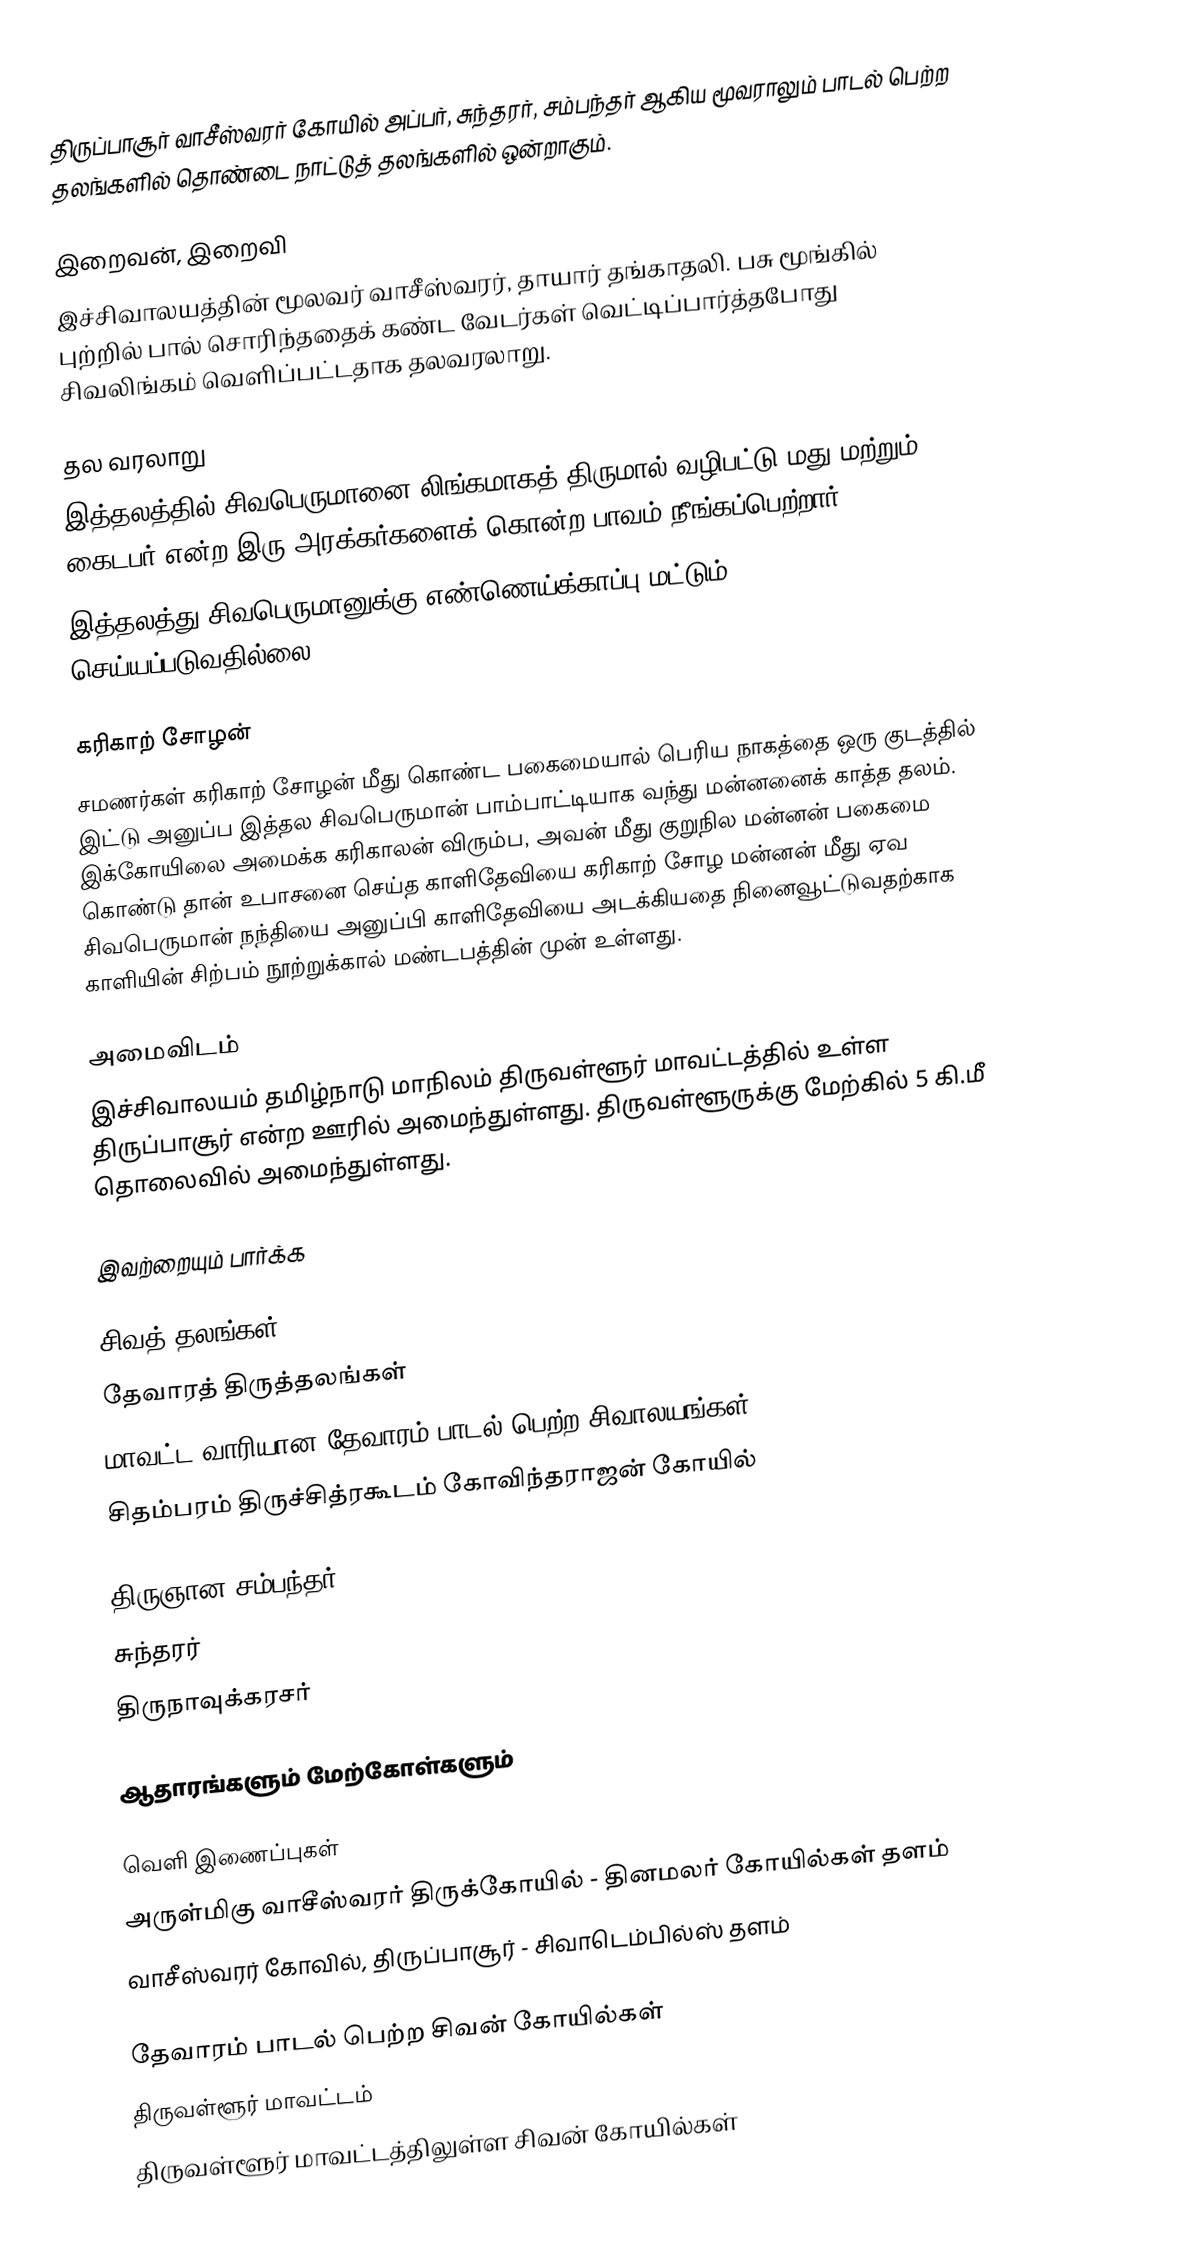
திருப்பாசூர் வாசீஸ்வரர் கோயில் அப்பர், சுந்தரர், சம்பந்தர் ஆகிய மூவராலும் பாடல் பெற்ற தலங்களில் தொண்டை நாட்டுத் தலங்களில் ஒன்றாகும்.

இறைவன், இறைவி
இச்சிவாலயத்தின் மூலவர் வாசீஸ்வரர், தாயார் தங்காதலி. பசு மூங்கில் புற்றில் பால் சொரிந்ததைக் கண்ட வேடர்கள் வெட்டிப்பார்த்தபோது சிவலிங்கம் வெளிப்பட்டதாக தலவரலாறு.

தல வரலாறு
இத்தலத்தில் சிவபெருமானை லிங்கமாகத் திருமால் வழிபட்டு மது மற்றும் கைடபர் என்ற இரு அரக்கர்களைக் கொன்ற பாவம் நீங்கப்பெற்றார்.
இத்தலத்து சிவபெருமானுக்கு எண்ணெய்க்காப்பு மட்டும் செய்யப்படுவதில்லை

கரிகாற் சோழன்
சமணர்கள் கரிகாற் சோழன் மீது கொண்ட பகைமையால் பெரிய நாகத்தை ஒரு குடத்தில் இட்டு அனுப்ப இத்தல சிவபெருமான் பாம்பாட்டியாக வந்து மன்னனைக் காத்த தலம். இக்கோயிலை அமைக்க கரிகாலன் விரும்ப, அவன் மீது குறுநில மன்னன் பகைமை கொண்டு தான் உபாசனை செய்த காளிதேவியை கரிகாற் சோழ மன்னன் மீது ஏவ சிவபெருமான் நந்தியை அனுப்பி காளிதேவியை அடக்கியதை நினைவூட்டுவதற்காக காளியின் சிற்பம் நூற்றுக்கால் மண்டபத்தின் முன் உள்ளது.

அமைவிடம்
இச்சிவாலயம் தமிழ்நாடு மாநிலம் திருவள்ளூர் மாவட்டத்தில் உள்ள திருப்பாசூர் என்ற ஊரில் அமைந்துள்ளது. திருவள்ளூருக்கு மேற்கில் 5 கி.மீ தொலைவில் அமைந்துள்ளது.

இவற்றையும் பார்க்க

 சிவத் தலங்கள்
 தேவாரத் திருத்தலங்கள்
 மாவட்ட வாரியான தேவாரம் பாடல் பெற்ற சிவாலயங்கள்
 சிதம்பரம் திருச்சித்ரகூடம் கோவிந்தராஜன் கோயில்

 திருஞான சம்பந்தர்
 சுந்தரர்
 திருநாவுக்கரசர்

ஆதாரங்களும் மேற்கோள்களும்

வெளி இணைப்புகள்
 அருள்மிகு வாசீஸ்வரர் திருக்கோயில் - தினமலர் கோயில்கள் தளம்
 வாசீஸ்வரர் கோவில், திருப்பாசூர் - சிவாடெம்பில்ஸ் தளம்

தேவாரம் பாடல் பெற்ற சிவன் கோயில்கள்
திருவள்ளூர் மாவட்டம்
திருவள்ளூர் மாவட்டத்திலுள்ள சிவன் கோயில்கள்